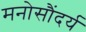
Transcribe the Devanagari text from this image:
मनोसौंदर्य